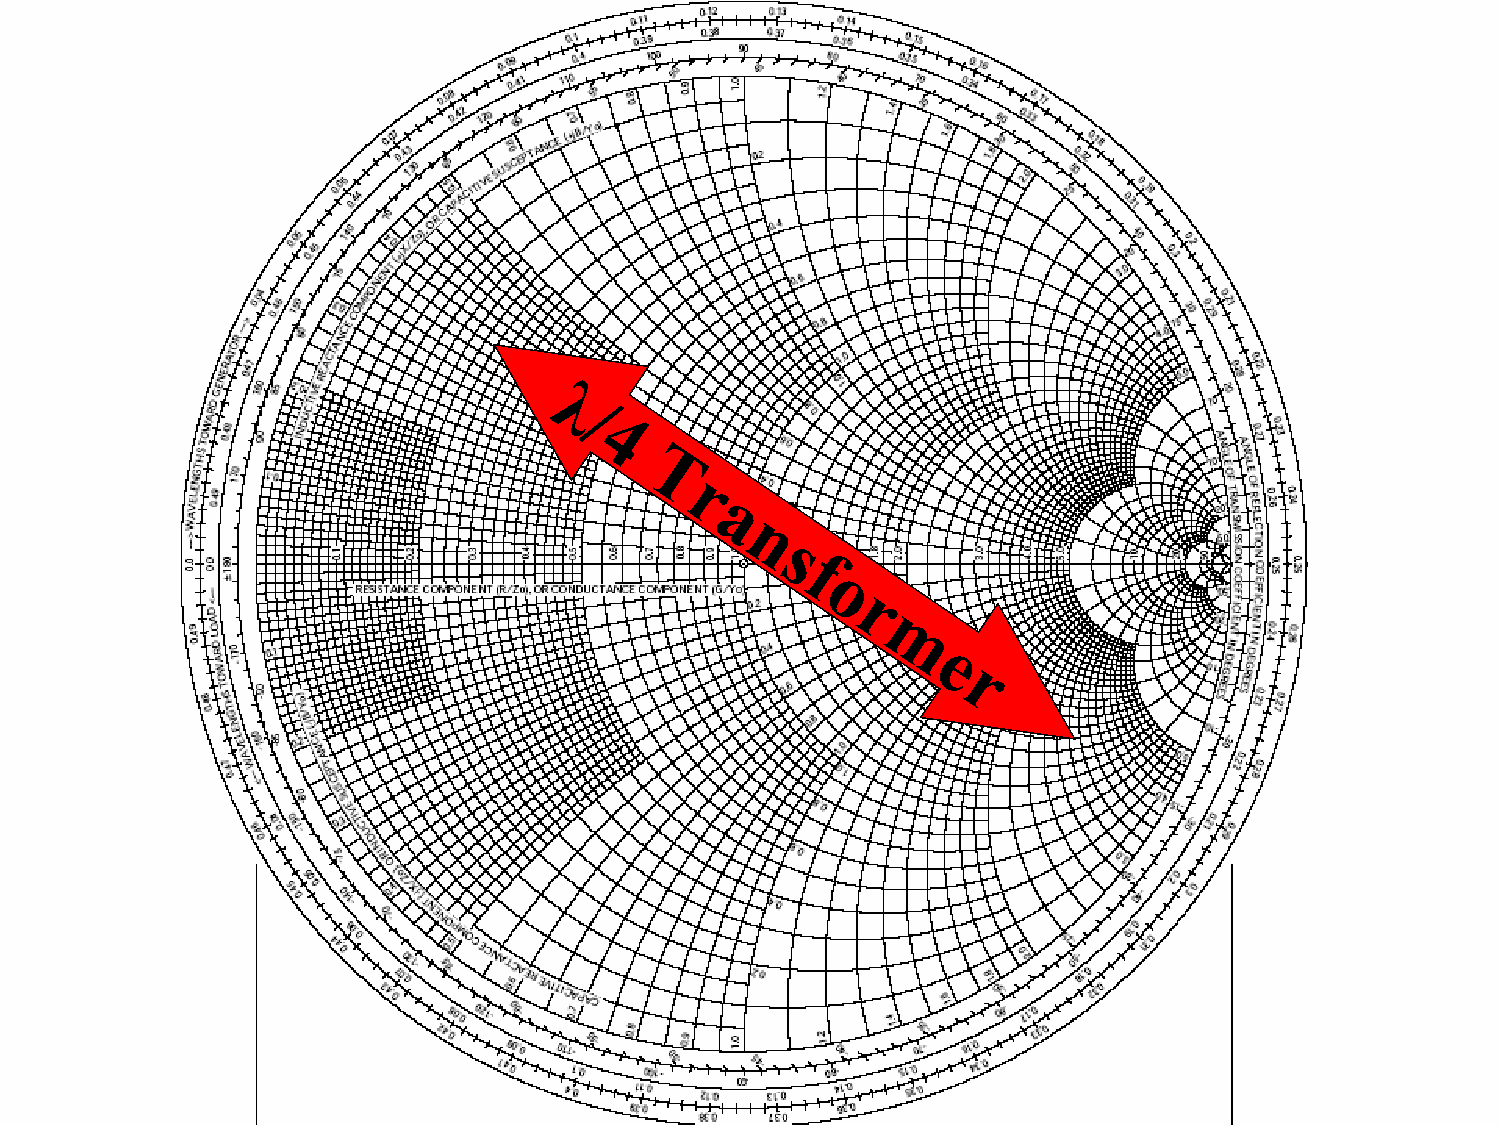
The          Smith             Chart
 λ
 /
 4
 T
 r
 a
 n
 s
 f
 o
 r
 m
 e
 r